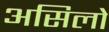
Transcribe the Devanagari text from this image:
असिलो